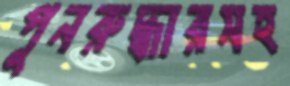
পুনরুদ্ধারসহ